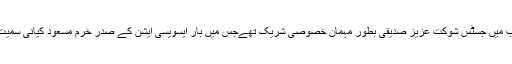
بار ایسوسی ایشن راولپنڈی کی تقریب میں جسٹس شوکت عزیز صدیقی بطور مہمان خصوصی شریک تھےجس میں بار ایسویسی ایشن کے صدر خرم مسعود کیانی سمیت بڑی تعداد میں وکلا شریک ہوئے۔